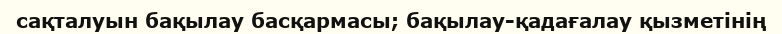
сақталуын бақылау басқармасы; бақылау-қадағалау қызметінің